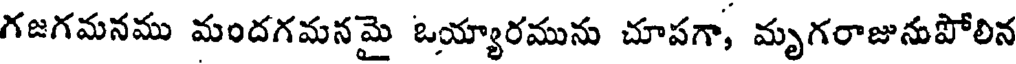
గజగమనము మందగమన మై ఒయ్యారమును చూపగా, మృగరాజునుపోలిన